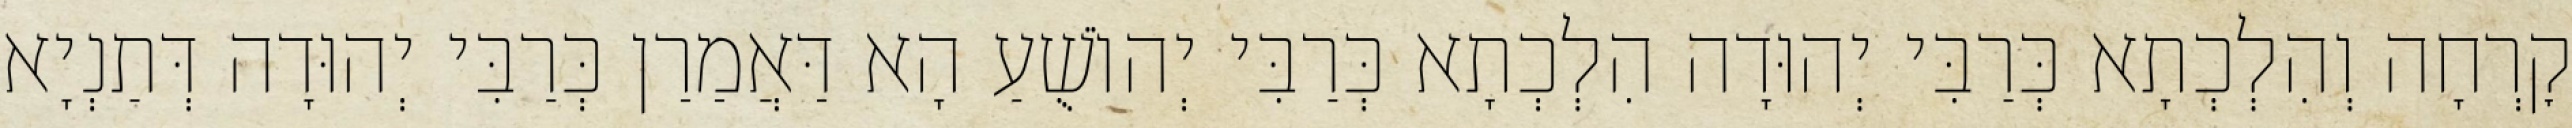
קׇרְחָה וְהִלְכְתָא כְּרַבִּי יְהוּדָה הִלְכְתָא כְּרַבִּי יְהוֹשֻׁעַ הָא דַּאֲמַרַן כְּרַבִּי יְהוּדָה דְּתַנְיָא